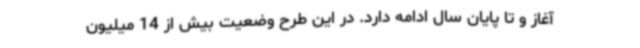
آغاز و تا پایان سال ادامه دارد. در این طرح وضعیت بیش از 14 میلیون